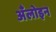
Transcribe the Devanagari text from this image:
अँलोइन